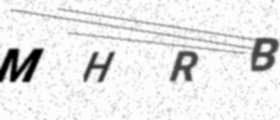
Text: MHRB